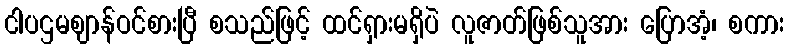
ငါပဌမဈာန်ဝင်စားပြီ စသည်ဖြင့် ထင်ရှားမရှိပဲ လူဇာတ်ဖြစ်သူအား ပြောအံ့၊ စကား